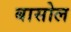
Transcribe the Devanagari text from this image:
बासोल